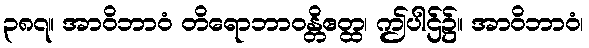
၃၈၇။ အာဝိဘာဝံ တိရောဘာဝန္တိဧတ္ထ၊ ဤပါဌ်၌။ အာဝိဘာဝံ၊